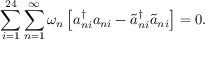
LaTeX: \sum _ { i = 1 } ^ { 2 4 } \sum _ { n = 1 } ^ { \infty } \omega _ { n } \left[ a _ { n i } ^ { \dagger } a _ { n i } - \tilde { a } _ { n i } ^ { \dagger } \tilde { a } _ { n i } \right] = 0 \mathrm { . }